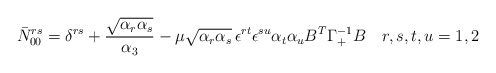
\begin{align*}\bar N_{00}^{rs} = \delta^{rs} + {\sqrt{\alpha_r\alpha_s} \over\alpha_3} -\mu\sqrt{\alpha_r\alpha_s}\,\epsilon^{rt}\epsilon^{su}\alpha_t \alpha_u B^T \Gamma_+^{-1} B \quad r,s,t,u = 1,2\end{align*}